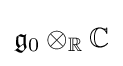
{\mathfrak {g}}_{0}\otimes _{\mathbb {R} }\mathbb {C}